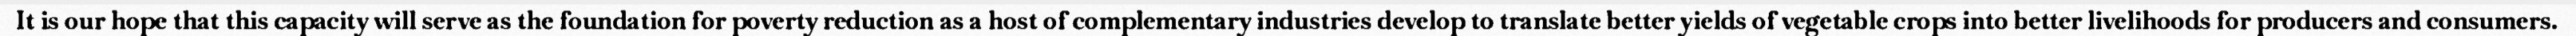
It is our hope that this capacity will serve as the foundation for poverty reduction as a host of complementary industries develop to translate better yields of vegetable crops into better livelihoods for producers and consumers.